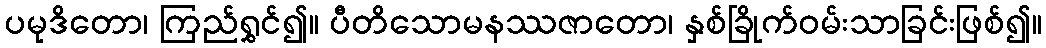
ပမုဒိတော၊ ကြည်ရွှင်၍။ ပီတိသောမနဿဇာတော၊ နှစ်ခြိုက်ဝမ်းသာခြင်းဖြစ်၍။